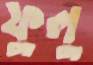
ফুলু